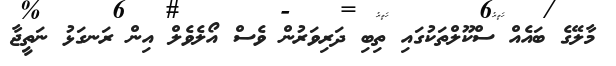
މާލޭގެ ބައެއް ސްކޫލްތަކުގައި ތިބި ދަރިވަރުން ވެސް އޯލެވެލް އިން ރަނގަޅު ނަތީޖާ